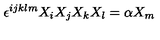
\epsilon ^ { i j k l m } X _ { i } X _ { j } X _ { k } X _ { l } = \alpha X _ { m }